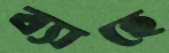
ব্যাহে